Civil Veterinary Department. United Provinces 1912-22 - 1912-1922
Year: 1912
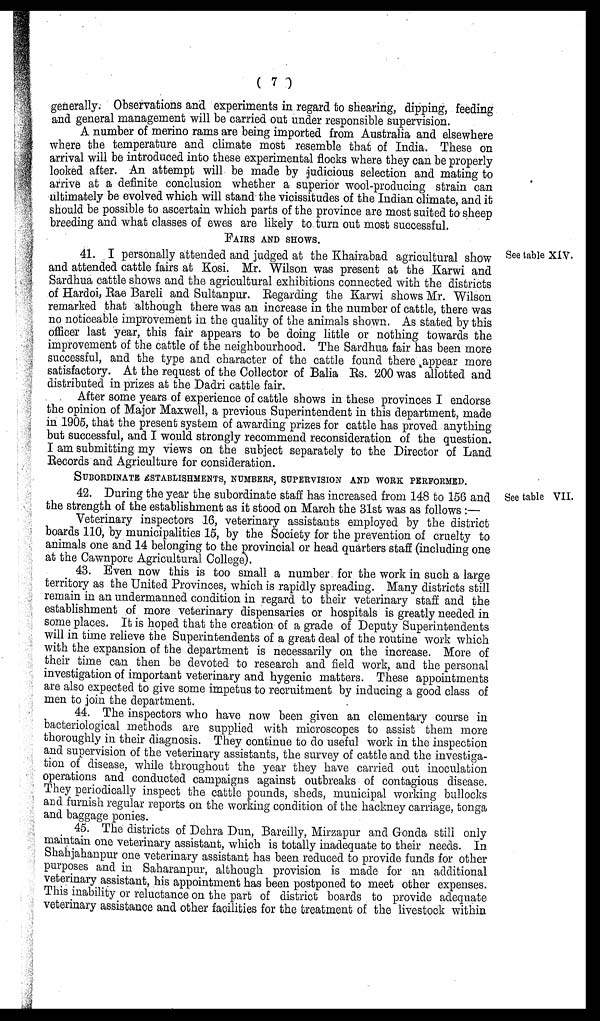
(7)
generally. Observations and experiments in regard to shearing, dipping, feeding
and general management will be carried out under responsible supervision.
A number of merino rams are being imported from Australia and elsewhere
where the temperature and climate most resemble that of India. These on
arrival will be introduced into these experimental flocks where they can be properly
looked after. An attempt will be made by judicious selection and mating to
arrive at a definite conclusion whether a superior wool-producing strain can
ultimately be evolved which will stand the vicissitudes of the Indian climate, and it
should be possible to ascertain which parts of the province are most suited to sheep
breeding and what classes of ewes are likely to turn out most successful.
FAIRS AND SHOWS.
See table XIV.
41. I personally attended and judged at the Khairabad agricultural show
and attended cattle fairs at Kosi. Mr. Wilson was present at the Karwi and
Sardhua cattle shows and the agricultural exhibitions connected with the districts
of Hardoi, Rae Bareli and Sultanpur. Regarding the Karwi shows Mr. Wilson
remarked that although there was an increase in the number of cattle, there was
no noticeable improvement in the quality of the animals shown. As stated by this
officer last year, this fair appears to be doing little or nothing towards the
improvement of the cattle of the neighbourhood. The Sardhua fair has been more
successful, and the type and character of the cattle found there appear more
satisfactory. At the request of the Collector of Balia Rs. 200 was allotted and
distributed in prizes at the Dadri cattle fair.
After some years of experience of cattle shows in these provinces I endorse
the opinion of Major Maxwell, a previous Superintendent in this department, made
in 1905, that the present system of awarding prizes for cattle has proved anything
but successful, and I would strongly recommend reconsideration of the question.
I am submitting my views on the subject separately to the Director of Land
Records and Agriculture for consideration.
SUBORDINATE ESTABLISHMENTS, NUMBERS, SUPERVISION AND WORK PERFORMED
See table VII.
42. During the year the subordinate staff has increased from 148 to 156 and
the strength of the establishment as it stood on March the 31st was as follows:—
Veterinary inspectors 16, veterinary assistants employed by the district
boards 110, by municipalities 15, by the Society for the prevention of cruelty to
animals one and 14 belonging to the provincial or head quarters staff (including one
at the Cawnpore Agricultural College).
43. Even now this is too small a number for the work in such a large
territory as the United Provinces, which is rapidly spreading. Many districts still
remain in an undermanned condition in regard to their veterinary staff and the
establishment of more veterinary dispensaries or hospitals is greatly needed in
some places. It is hoped that the creation of a grade of Deputy Superintendents
will in time relieve the Superintendents of a great deal of the routine work which
with the expansion of the department is necessarily on the increase. More of
their time can then be devoted to research and field work, and the personal
investigation of important veterinary and hygenic matters. These appointments
are also expected to give some impetus to recruitment by inducing a good class of
men to join the department.
44. The inspectors who have now been given an elementary course in
bacteriological methods are supplied with microscopes to assist them more
thoroughly in their diagnosis. They continue to do useful work in the inspection
and supervision of the veterinary assistants, the survey of cattle and the investiga-
tion of disease, while throughout the year they have carried out inoculation
operations and conducted campaigns against outbreaks of contagious disease.
They periodically inspect the cattle pounds, sheds, municipal working bullocks
and furnish regular reports on the working condition of the hackney carriage, tonga
and baggage ponies.
45. The districts of Dehra Dun, Bareilly, Mirzapur and Gonda still only
maintain one veterinary assistant, which is totally inadequate to their needs. In
Shahjahanpur one veterinary assistant has been reduced to provide funds for other
purposes and in Saharanpur, although provision is made for an additional
veterinary assistant, his appointment has been postponed to meet other expenses.
This inability or reluctance on the part of district boards to provide adequate
veterinary assistance and other facilities for the treatment of the livestock within